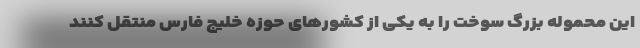
این محموله بزرگ سوخت را به یکی از کشورهای حوزه خلیج فارس منتقل کنند